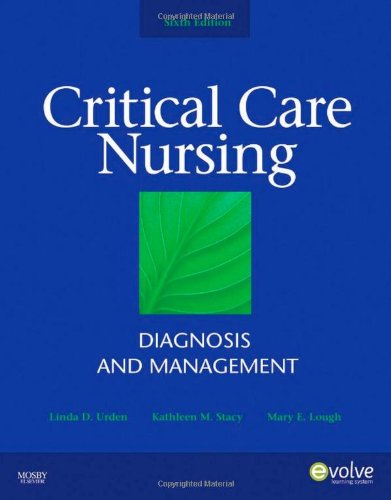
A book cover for Critical Care Nursing: Diagnosis and Management, 6e (Thelans Critical Care Nursing Diagnosis); Linda D. Urden; Medical Books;